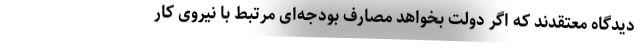
دیدگاه معتقدند که اگر دولت بخواهد مصارف بودجه‌ای مرتبط با نیروی کار